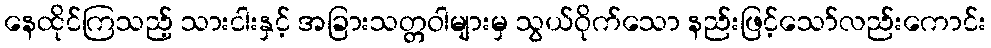
နေထိုင်ကြသည့် သားငါးနှင့် အခြားသတ္တဝါများမှ သွယ်ဝိုက်သော နည်းဖြင့်သော်လည်းကောင်း